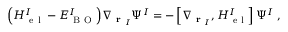
\Big ( H _ { \mathrm { ~ e ~ l ~ } } ^ { I } - E _ { \mathrm { ~ B ~ O ~ } } ^ { I } \Big ) \nabla _ { \textbf { r } _ { I } } \Psi ^ { I } = - \left[ \nabla _ { \textbf { r } _ { I } } , H _ { \mathrm { ~ e ~ l ~ } } ^ { I } \right] \Psi ^ { I } \ ,